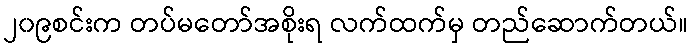
၂၀၉စင်းက တပ်မတော်အစိုးရ လက်ထက်မှ တည်ဆောက်တယ်။